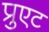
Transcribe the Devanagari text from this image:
प्रुएट